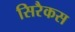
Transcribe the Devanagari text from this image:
सिरैकस